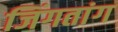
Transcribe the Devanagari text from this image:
जिंगतांग